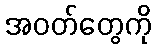
အဝတ်တွေကို